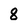
Character: 8